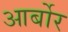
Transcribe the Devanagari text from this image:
आर्बोर